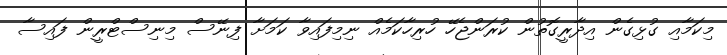
މިކަމާއި ގުޅިގެން އިދާރީގޮތުން ކުރަންޖެހޭ ހުރިހާކަމެއް ނިމިފައިވާ ކަމަށާ ފިނޭސް މިނިސްޓްރީން ފައިސާ